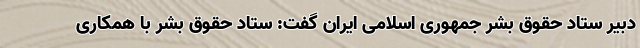
دبیر ستاد حقوق بشر جمهوری اسلامی ایران گفت: ستاد حقوق بشر با همکاری